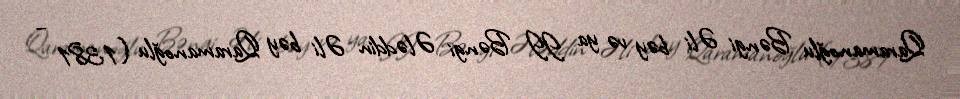
Qaramanoğlu Bəngi Əli bəy və ya II Bəngi Ələddin Əli bəy Qaramanoğlu (1381 –